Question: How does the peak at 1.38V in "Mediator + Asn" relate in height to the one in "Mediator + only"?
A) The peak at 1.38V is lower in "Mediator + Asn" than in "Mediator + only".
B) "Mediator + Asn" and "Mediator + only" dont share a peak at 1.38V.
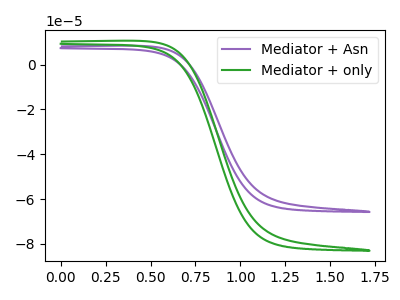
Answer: <think>The purple curve "Mediator + Asn" has no peaks. The green curve "Mediator + only" has no peaks.</think>
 <answer>B) "Mediator + Asn" and "Mediator + only" dont share a peak at 1.38V.</answer>
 <eval>B</eval>